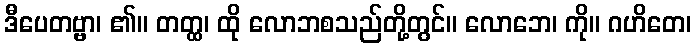
ဒီပေတဗ္ဗာ၊ ၏။ တတ္ထ၊ ထို လောဘစသည်တို့တွင်။ လောဘေ၊ ကို။ ဂဟိတေ၊